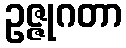
ဥဇ္ဇုဂတာ